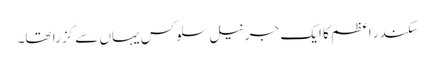
سکندر اعظم کا ایک جرنیل سلوکس یہاں سے گزرا تھا۔